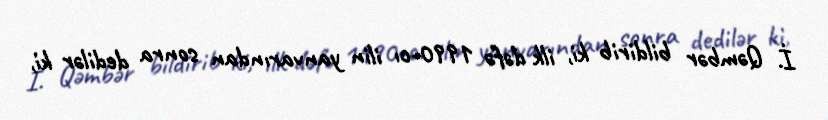
İ. Qəmbər bildirib ki, ilk dəfə 1990-cı ilin yanvarından sonra dedilər ki,